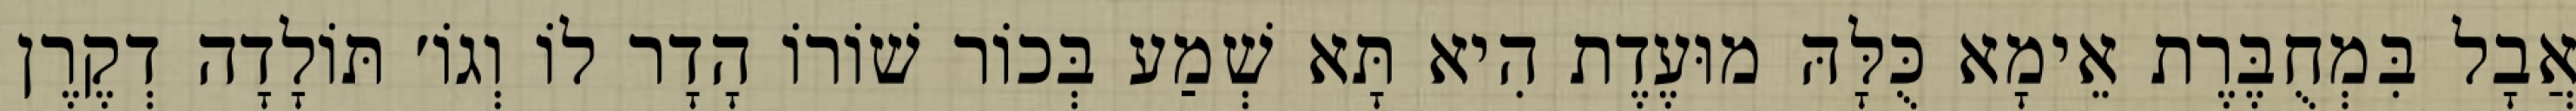
אֲבָל בִּמְחֻבֶּרֶת אֵימָא כֻּלָּהּ מוּעֶדֶת הִיא תָּא שְׁמַע בְּכוֹר שׁוֹרוֹ הָדָר לוֹ וְגוֹ׳ תּוֹלָדָה דְקֶרֶן